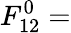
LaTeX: F_{12}^{0}=